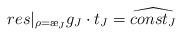
LaTeX: \begin{align*}res|_{\rho=\ae_{J}}g_{J} \cdot t_{J}={\widehat {const_{J}}}\end{align*}